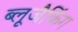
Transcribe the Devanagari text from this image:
ब्लूजैकिंग